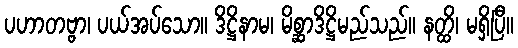
ပဟာတဗ္ဗာ၊ ပယ်အပ်သော။ ဒိဋ္ဌိနာမ၊ မိစ္ဆာဒိဋ္ဌိမည်သည်။ နတ္ထိ၊ မရှိပြီ။